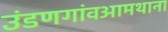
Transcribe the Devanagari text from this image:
उंडणगांवआमथाना